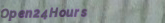
Open24Hours